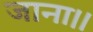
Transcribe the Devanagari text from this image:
जाना।।